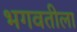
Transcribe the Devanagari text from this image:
भगवतीला